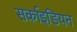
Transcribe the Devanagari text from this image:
सर्काइडियन